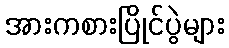
အားကစားပြိုင်ပွဲများ